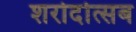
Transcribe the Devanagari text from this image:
शरोदोत्सब